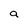
Character: a